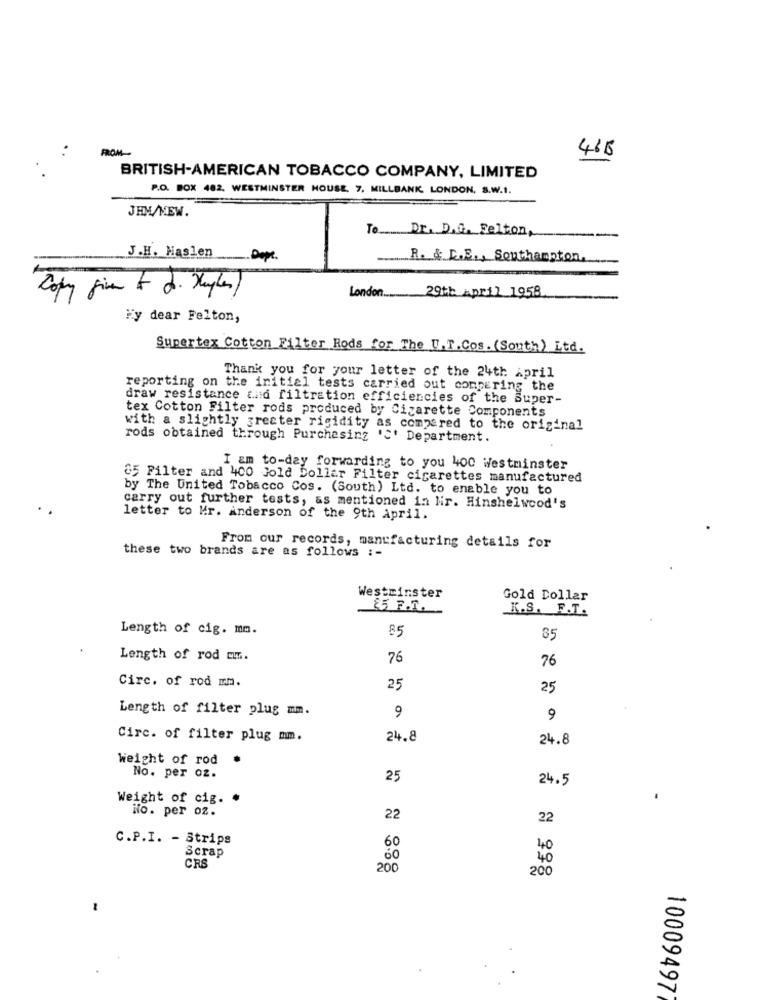
FROM-
468
BRITISH-AMERICAN TOBACCO COMPANY, LIMITED
P.O. BOX 482, WESTMINSTER HOUSE, 7, MILLBANK LONDON, S.W.1.
JHM/MEW.
To Dr. D.G. Felton,
J.H. Maslen
Dope.
R. & C.E ., Southampton,
Copy five & d. Hughes ,
London
29th April 1958
"y dear Felton,
Supertex Cotton Filter Rods for The U.T.Cos. (South) Ltd.
Thank you for your letter of the 24th April
reporting on the initial tests carried out comparing the
draw resistance and filtration efficiencies of the Super-
tex Cotton Filter rods produced by Cigarette Components
with a slightly greater rigidity as compared to the original
rods obtained through Purchasing 'S' Department.
I am to-day forwarding to you 400 westminster
35 Filter and 400 Jold Dollar Filter cigarettes manufactured
by The United Tobacco Cos. (South) Ltd. to enable you to
carry out further tests, as mentioned in lir. Hinshelwood's
letter to Mr. Anderson of the 9th April.
From our records, manufacturing details for
these two brands are as follows :-
Westminster
Gold Dollar
&5 F.T.
K.S. F.T.
Length of cig. mm.
85
35
Length of rod cmm.
76
76
Circ. of rod mm.
25
25
Length of filter plug mm.
9
9
Circ. of filter plug mm.
24.8
24.8
Weight of rod
.
No. per oz.
25
24.5
Weight of cig. .
No. per oz.
22
22
C.P.I. - Strips
Scrap
60
40
40
CRS
200
200
10009497